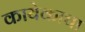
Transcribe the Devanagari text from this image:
कायेकाचा